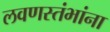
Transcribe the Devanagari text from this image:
लवणस्तंभांना